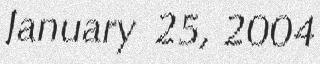
January 25, 2004